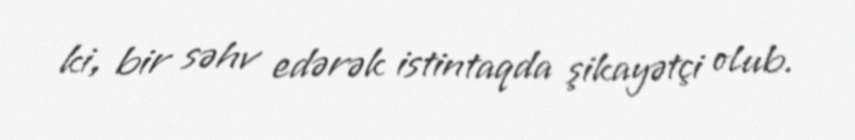
ki, bir səhv edərək istintaqda şikayətçi olub.